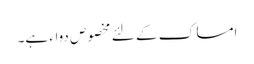
امساک کے لئے مخصوص دواء ہے۔